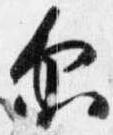
示